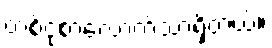
တစ်ငုံစာလောက်သာရှိတယ်။